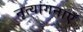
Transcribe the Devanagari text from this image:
नृत्यांगनाएँ